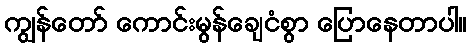
ကျွန်တော် ကောင်းမွန်ချေငံစွာ ပြောနေတာပါ။